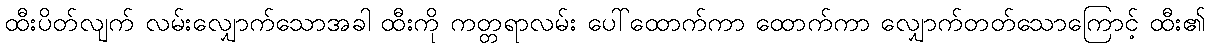
ထီးပိတ်လျက် လမ်းလျှောက်သောအခါ ထီးကို ကတ္တရာလမ်း ပေါ်ထောက်ကာ ထောက်ကာ လျှောက်တတ်သောကြောင့် ထီး၏